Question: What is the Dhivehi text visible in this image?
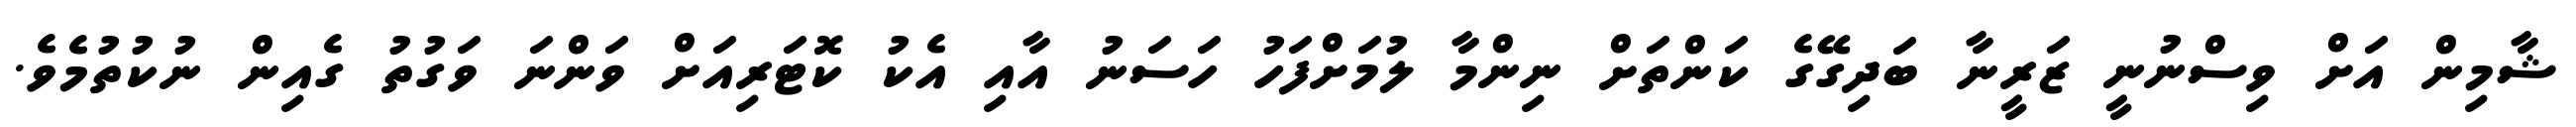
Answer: ޝާމިން އަށް ވިސްނުނީ ޒަރީނާ ބަދިގޭގެ ކަންތަށް ނިންމާ ލުމަށްފަހު ހަސަނު އާއި އެކު ކޮޓަރިއަށް ވަންނަ ވަގުތު ގެއިން ނުކުތުމެވެ.